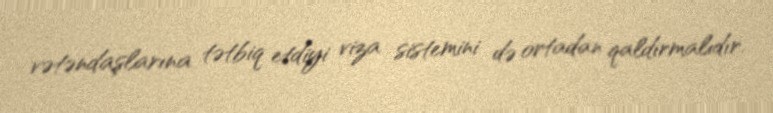
vətəndaşlarına tətbiq etdiyi viza sistemini də ortadan qaldırmalıdır.